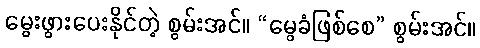
မွေးဖွားပေးနိုင်တဲ့ စွမ်းအင်။ “မွေခံဖြစ်စေ” စွမ်းအင်။